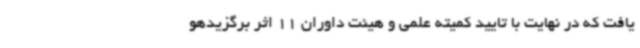
یافت که در نهایت با تایید کمیته علمی و هیئت داوران 11 اثر برگزیدهو